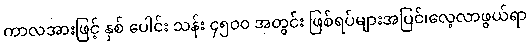
ကာလအားဖြင့် နှစ် ပေါင်း သန်း ၄၅၀၀ အတွင်း ဖြစ်ရပ်များအပြင်၊လေ့လာဖွယ်ရာ